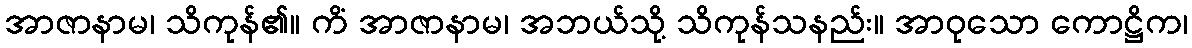
အာဇာနာမ၊ သိကုန်၏။ ကိံ အာဇာနာမ၊ အဘယ်သို့ သိကုန်သနည်း။ အာဝုသော ကောဋ္ဌိက၊